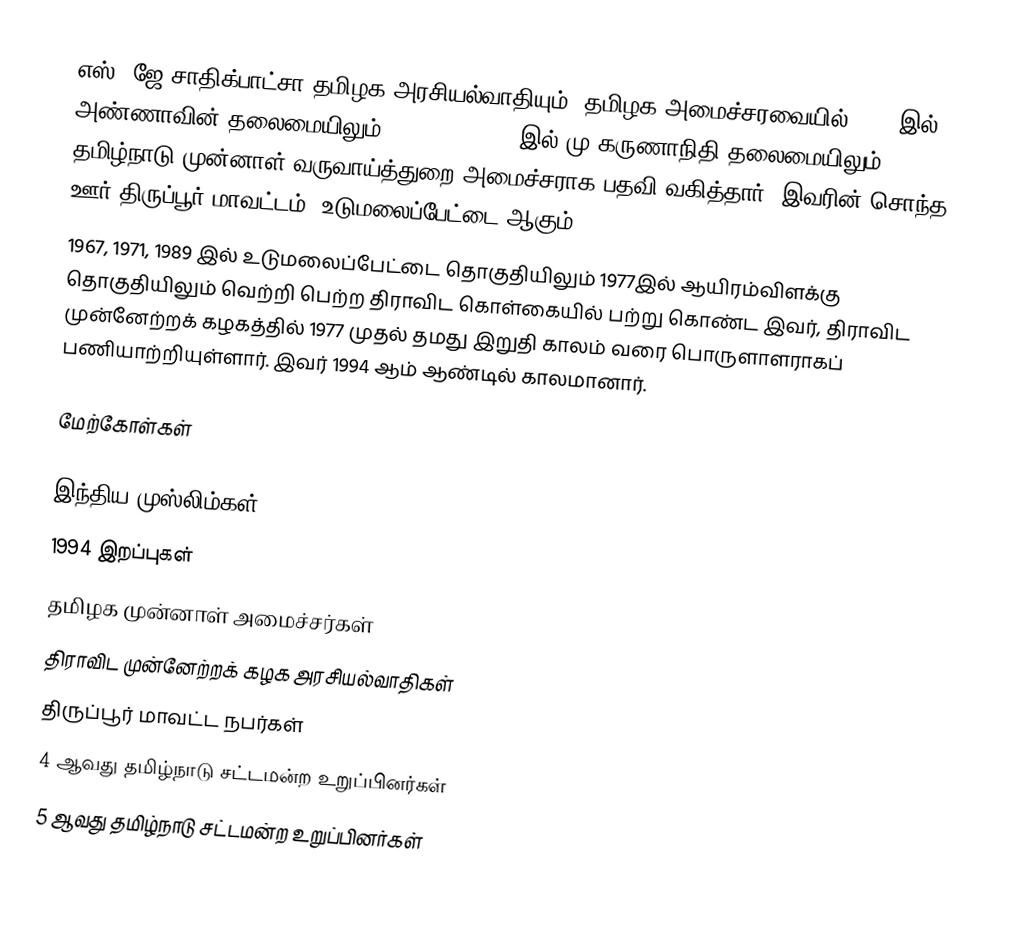
எஸ். ஜே.சாதிக்பாட்சா தமிழக அரசியல்வாதியும், தமிழக அமைச்சரவையில் 1967 இல் அண்ணாவின் தலைமையிலும் 1969, 1971,1989இல் மு.கருணாநிதி தலைமையிலும் தமிழ்நாடு முன்னாள் வருவாய்த்துறை அமைச்சராக பதவி வகித்தார். இவரின் சொந்த ஊர் திருப்பூர் மாவட்டம், உடுமலைப்பேட்டை ஆகும் .
1967, 1971, 1989 இல் உடுமலைப்பேட்டை தொகுதியிலும்   1977இல் ஆயிரம்விளக்கு தொகுதியிலும் வெற்றி பெற்ற திராவிட கொள்கையில் பற்று கொண்ட இவர், திராவிட முன்னேற்றக் கழகத்தில் 1977 முதல் தமது இறுதி காலம் வரை  பொருளாளராகப் பணியாற்றியுள்ளார். இவர் 1994 ஆம் ஆண்டில் காலமானார்.

மேற்கோள்கள்

இந்திய முஸ்லிம்கள்
1994 இறப்புகள்
தமிழக முன்னாள் அமைச்சர்கள்
திராவிட முன்னேற்றக் கழக அரசியல்வாதிகள்
திருப்பூர் மாவட்ட நபர்கள்
4 ஆவது தமிழ்நாடு சட்டமன்ற உறுப்பினர்கள்
5 ஆவது தமிழ்நாடு சட்டமன்ற உறுப்பினர்கள்